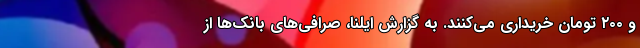
و ۲۰۰ تومان خریداری می‌کنند. به گزارش ایلنا، صرافی‌های بانک‌ها از